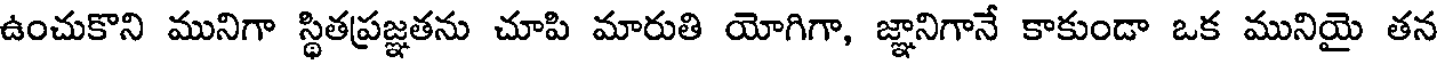
ఉంచుకొని మునిగా స్థితప్రజ్ఞతను చూపి మారుతి యోగిగా, జ్ఞానిగానే కాకుండా ఒక మునియై తన